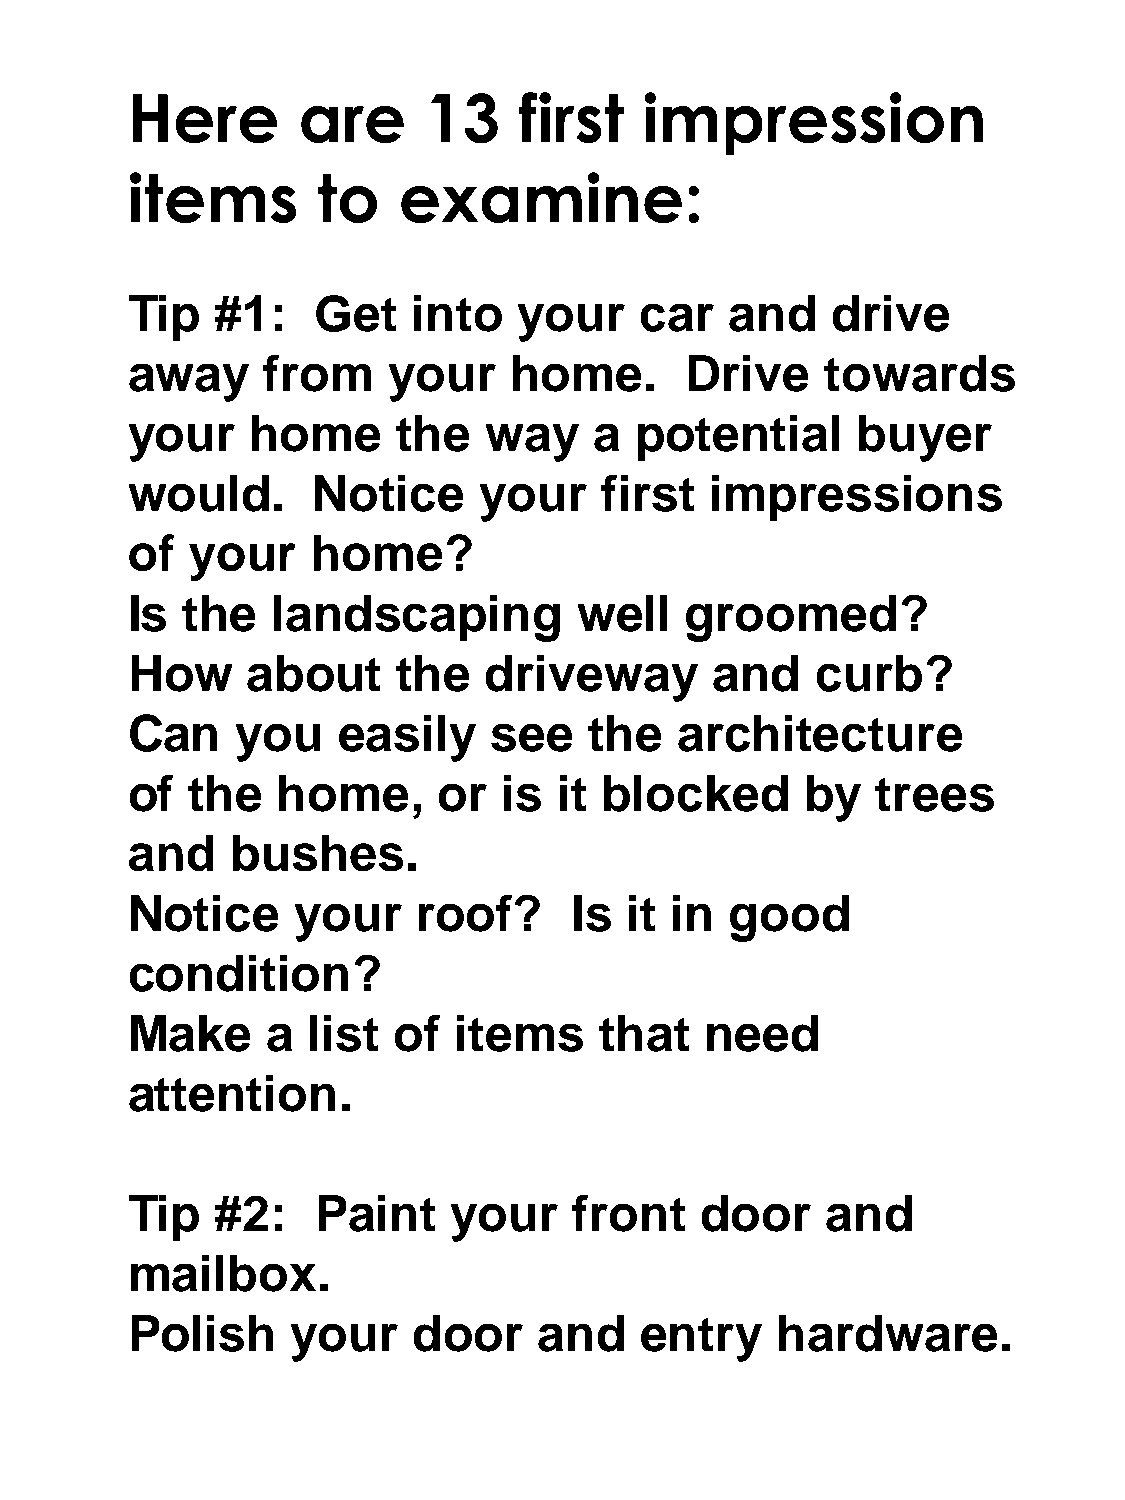
Here        are     13    first    impression
 items        to   examine:
 Tip   #1:    Get   into   your    car   and    drive
 away     from     your    home.      Drive     towards
 your     home     the   way    a  potential      buyer
 would.       Notice     your    first  impressions
 of  your     home?
 Is  the   landscaping         well   groomed?
 How     about     the   driveway       and    curb?
 Can     you   easily     see   the   architecture
 of  the   home,      or  is  it blocked      by   trees
 and    bushes.
 Notice     your     roof?     Is  it in good
 condition?
 Make      a list  of  items     that   need
 attention.
 Tip   #2:    Paint    your    front   door     and
 mailbox.
 Polish     your    door     and   entry    hardware.